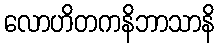
လောဟိတကနိဘာသာနိ